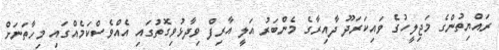
ރައްޔިތުންގެ މަޖިލީހުގެ ވައިކަރަދޫ ދާއިރާގެ މެންބަރު އަލީ އާރިފް ވިދާޅުވިގޮތުގައި އެއްވެސްކަމެއްގައި މިހާތަނަށް